Annual report of the Central Committee of the Association together with the report of the directors of the Pasteur Institute at Kasauli
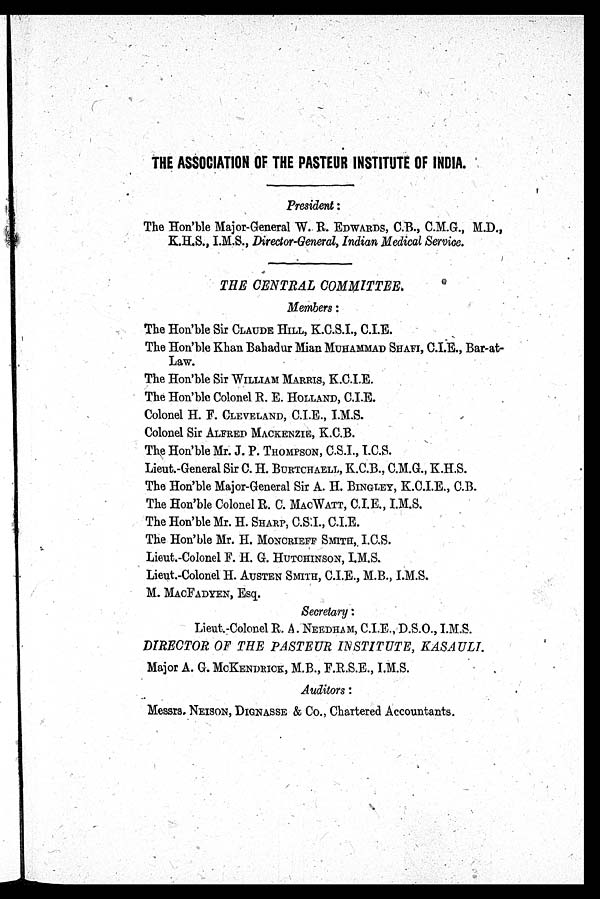
THE ASSOCIATION OF THE PASTEUR INSTITUTE OF INDIA.
President:
The Hon'ble Major-General W. R. EDWARDS, C.B., C.M.G., M.D.,
K.H.S., I.M.S., Director-General, Indian Medical Service.
THE CENTRAL COMMITTEE.
Members:
The Hon'ble Sir CLAUDE HILL, K.C.S.I., C.I.E.
The Hon'ble Khan Bahadur Mian MUHAMMAD SHAFI, C.I.E., Bar-at-
Law.
The Hon'ble Sir WILLIAM MARRIS, K.C.I.E.
The Hon'ble Colonel R. E. HOLLAND, C.I.E.
Colonel H. F. CLEVELAND, C.I.E., I.M.S.
Colonel Sir ALFRED MACKENZIE, K.C.B.
The Hon'ble Mr. J. P. THOMPSON, C.S.I., I.C.S.
Lieut.-General Sir C. H. BURTCHAELL, K.C.B., C.M.G., K.H.S.
The Hon'ble Major-General Sir A. H. BINGLEY, K.C.I.E., C.B.
The Hon'ble Colonel R. C. MACWATT, C.I.E., I.M.S.
The Hon'ble Mr. H. SHARP, C.S.I., C.I.E.
The Hon'ble Mr. H. MONCRIEFF SMITH, I.C.S.
Lieut.-Colonel F. H. G. HUTCHINSON, I.M.S.
Lieut.-Colonel H. AUSTEN SMITH, C.I.E., M.B., I.M.S.
M. MACFADYEN, Esq.
Secretary:
Lieut.-Colonel R. A. NEEDHAM, C.I.E., D.S.O., I.M.S.
DIRECTOR OF THE PASTEUR INSTITUTE, KASAULI.
Major A. G. MCKENDRICK, M.B., F.R.S.E., I.M.S.
Auditors:
Messrs. NEISON, DIGNASSE & Co., Chartered Accountants.